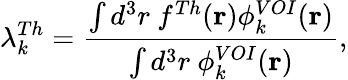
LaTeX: \lambda_{k}^{Th}=\frac{\int d^{3}r~f^{Th}(\mathbf{r})\phi_{k}^{VOI}(\mathbf{r})}{\int d^{3}r~\phi_{k}^{VOI}(\mathbf{r})},